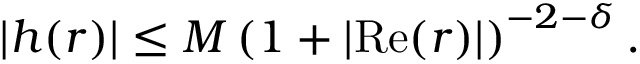
\vert h ( r ) \vert \leq M \left( 1 + \vert { \mathrm { R e } } ( r ) \vert \right) ^ { - 2 - \delta } .